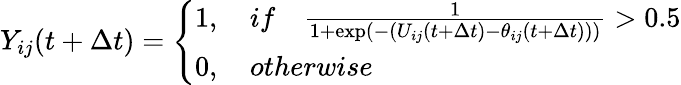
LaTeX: Y_{ij}(t+\Delta t)=\left\{ \begin{array}{l}{1,\quad{if}\quad\frac{1}{1+\exp\left(-\left(U_{ij}(t+\Delta t)-\theta_{ij}(t+\Delta t)\right)\right)}>0.5}\\ {0,\quad{otherwise}}\end{array}\right.